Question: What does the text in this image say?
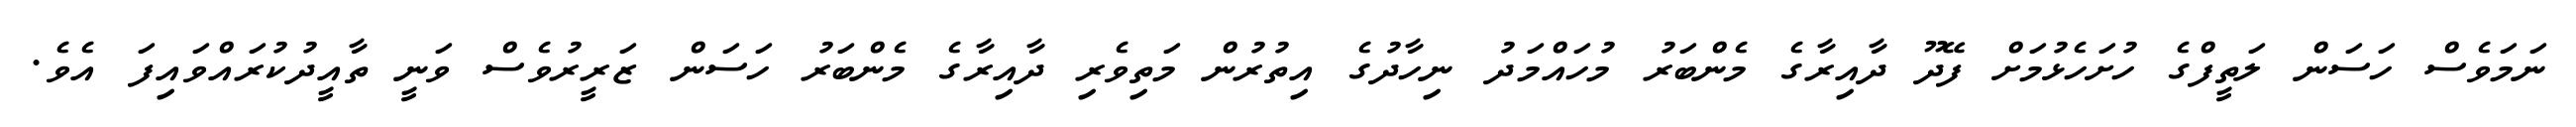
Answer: ނަމަވެސް ހަސަން ލަތީފްގެ ހުށަހެޅުމަށް ފޭދޫ ދާއިރާގެ މެންބަރު މުހައްމަދު ނިހާދުގެ އިތުރުން މަތިވެރި ދާއިރާގެ މެންބަރު ހަސަން ޒަރީރުވެސް ވަނީ ތާއީދުކުރައްވައިފަ އެވެ.